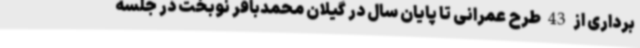
برداری از 43 طرح عمرانی تا پایان سال در گیلان محمدباقر نوبخت در جلسه